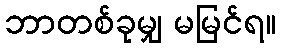
ဘာတစ်ခုမျှ မမြင်ရ။